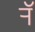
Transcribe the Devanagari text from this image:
र्‍ाॅ